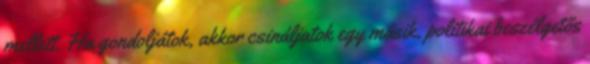
mellett. Ha gondoljátok, akkor csináljatok egy másik, politikai beszélgetős